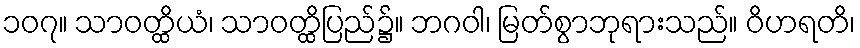
၁၀၇။ သာဝတ္ထိယံ၊ သာဝတ္ထိပြည်၌။ ဘဂဝါ၊ မြတ်စွာဘုရားသည်။ ဝိဟရတိ၊